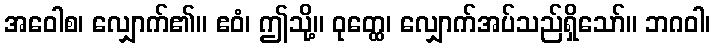
အဝေါစ၊ လျှောက်၏။ ဧဝံ၊ ဤသို့။ ဝုတ္ထေ၊ လျှောက်အပ်သည်ရှိသော်။ ဘဂဝါ၊